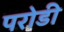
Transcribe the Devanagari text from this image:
परोडी